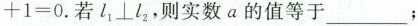
+ 1 = 0$$.若1_{1}\bot l_{2}，则实数a的值等于___；